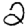
Digit: 2